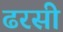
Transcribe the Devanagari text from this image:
ढरसी